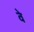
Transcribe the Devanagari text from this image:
वेे